Lunatic asylums Madras 1877-1891 - 1877-1891
Year: 1877
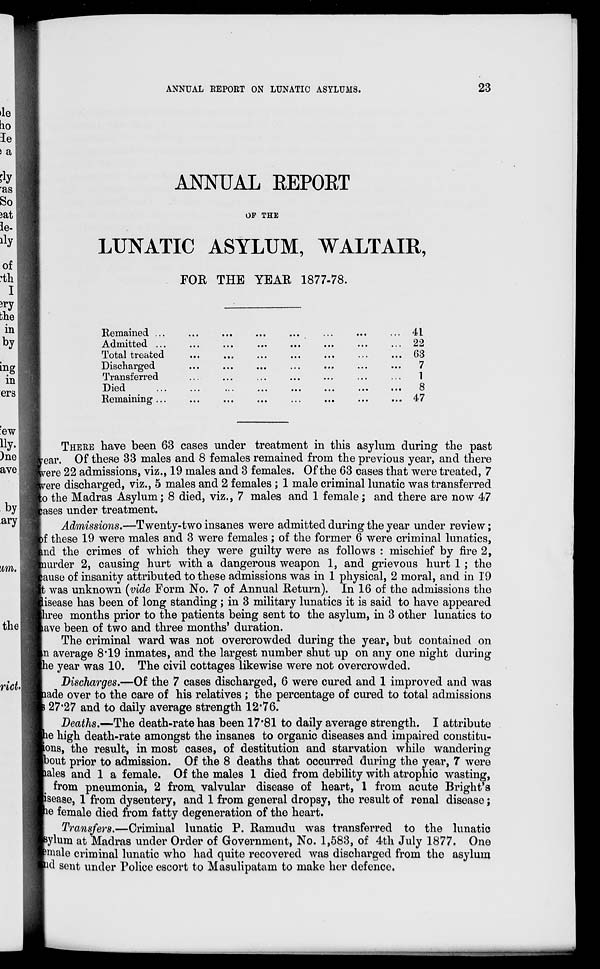
ANNUAL REPORT ON LUNATIC ASYLUMS.
23
ANNUAL REPORT
OF THE
LUNATIC ASYLUM, WALTAIR,
FOR THE YEAR 1877-78.
Remained ... ... ... ... ... ... ... ...
Admitted ... ... ... ... ... ... ... ...
Total treated ... ... ... ... ... ... ... ...
Discharged ... ... ... ... ... ... ... ...
Transferred ... ... ... ... ... ... ... ...
Died
...
...
... ... ... ... ... ...
Remaining ...
41
22
63
7
1
8
47
THERE have been 63 cases under treatment in this asylum during the past
year. Of these 33 males and 8 females remained from the previous year, and there
were 22 admissions, viz., 19 males and 3 females. Of the 63 cases that were treated, 7
were discharged, viz., 5 males and 2 females; 1 male criminal lunatic was transferred
to the Madras Asylum; 8 died, viz., 7 males and 1 female; and there are now 47
cases under treatment.
Admissions.—Twenty-two insanes were admitted during the year under review;
of these 19 were males and 3 were females ; of the former 6 were criminal lunatics,
and the crimes of which they were guilty were as follows : mischief by fire 2,
murder 2, causing hurt with a dangerous weapon 1, and grievous hurt 1 ; the
cause of insanity attributed to these admissions was in 1 physical, 2 moral, and in 19
it was unknown (vide Form No. 7 of Annual Return). In 16 of the admissions the
disease has been of long standing; in 3 military lunatics it is said to have appeared
three months prior to the patients being sent to the asylum, in 3 other lunatics to
have been of two and three months' duration.
The criminal ward was not overcrowded during the year, but contained on
in average 8.19 inmates, and the largest number shut up on any one night during
the year was 10. The civil cottages likewise were not overcrowded.
Discharges.—Of the 7 cases discharged, 6 were cured and 1 improved and was
made over to the care of his relatives ; the percentage of cured to total admissions
27.27 and to daily average strength 12.76.
Deaths.—The death-rate has been 17.81 to daily average strength. I attribute
the high death-rate amongst the insanes to organic diseases and impaired constitu-
tions, the result, in most cases, of destitution and starvation while wandering
about prior to admission. Of the 8 deaths that occurred during the year, 7 were
males and 1 a female. Of the males 1 died from debility with atrophic wasting,
from pneumonia, 2 from valvular disease of heart, 1 from acute Bright's
disease, 1 from dysentery, and 1 from general dropsy, the result of renal disease;
one female died from fatty degeneration of the heart.
Transfers.—Criminal lunatic P. Ramudu was transferred to the lunatic
asylum at Madras under Order of Government, No. 1,583, of 4th July 1877. One
male criminal lunatic who had quite recovered was discharged from the asylum
and sent under Police escort to Masulipatam to make her defence.